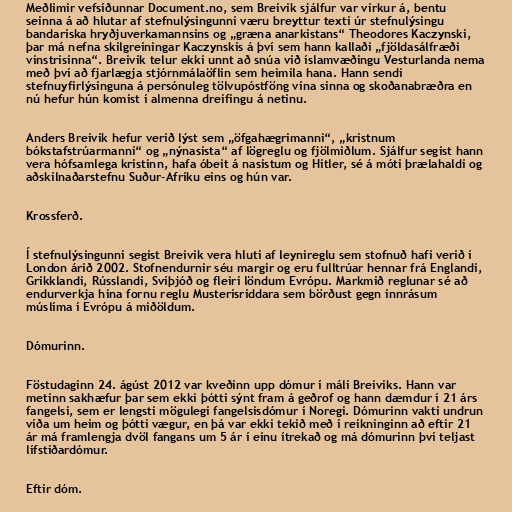
Meðlimir vefsíðunnar Document.no, sem Breivik sjálfur var virkur á, bentu
seinna á að hlutar af stefnulýsingunni væru breyttur texti úr stefnulýsingu
bandaríska hryðjuverkamannsins og „græna anarkistans“ Theodores Kaczynski,
þar má nefna skilgreiningar Kaczynskis á því sem hann kallaði „fjöldasálfræði
vinstrisinna“. Breivik telur ekki unnt að snúa við íslamvæðingu Vesturlanda nema
með því að fjarlægja stjórnmálaöflin sem heimila hana. Hann sendi
stefnuyfirlýsinguna á persónuleg tölvupóstföng vina sinna og skoðanabræðra en
nú hefur hún komist í almenna dreifingu á netinu.

Anders Breivik hefur verið lýst sem „öfgahægrimanni“, „kristnum
bókstafstrúarmanni“ og „nýnasista“ af lögreglu og fjölmiðlum. Sjálfur segist hann
vera hófsamlega kristinn, hafa óbeit á nasistum og Hitler, sé á móti þrælahaldi og
aðskilnaðarstefnu Suður-Afríku eins og hún var.

Krossferð.

Í stefnulýsingunni segist Breivik vera hluti af leynireglu sem stofnuð hafi verið í
London árið 2002. Stofnendurnir séu margir og eru fulltrúar hennar frá Englandi,
Grikklandi, Rússlandi, Svíþjóð og fleiri löndum Evrópu. Markmið reglunar sé að
endurverkja hina fornu reglu Musterisriddara sem börðust gegn innrásum
múslíma í Evrópu á miðöldum.

Dómurinn.

Föstudaginn 24. ágúst 2012 var kveðinn upp dómur í máli Breiviks. Hann var
metinn sakhæfur þar sem ekki þótti sýnt fram á geðrof og hann dæmdur í 21 árs
fangelsi, sem er lengsti mögulegi fangelsisdómur í Noregi. Dómurinn vakti undrun
víða um heim og þótti vægur, en þá var ekki tekið með í reikninginn að eftir 21
ár má framlengja dvöl fangans um 5 ár í einu ítrekað og má dómurinn því teljast
lífstíðardómur.

Eftir dóm.